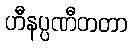
ဟီနပ္ပဏီတတာ